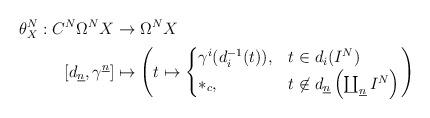
LaTeX: \begin{align*} \theta^N_X:C^{N}\Omega^N X&\rightarrow \Omega^NX\\ \left[d_{\underline n},\gamma^{\underline n}\right]&\mapsto \left(t\mapsto\begin{cases} \gamma^i(d_i^{-1}(t)),&t\in d_i(I^N)\\ \ast_c,&t\not\in d_{\underline n}\left(\coprod_{\underline n}I^N\right) \end{cases}\right)\end{align*}